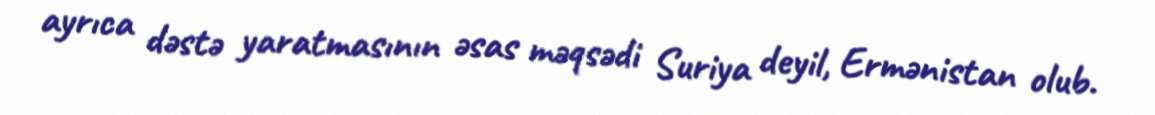
ayrıca dəstə yaratmasının əsas məqsədi Suriya deyil, Ermənistan olub.